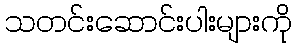
သတင်းဆောင်းပါးများကို